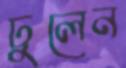
ঢুলেন